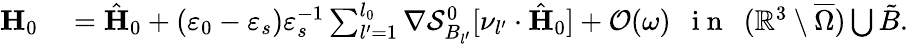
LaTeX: \begin{array}{rl}{\mathbf{H}_{0}}&{{}=\hat{\mathbf{H}}_{0}+(\varepsilon_{0}-\varepsilon_{s})\varepsilon_{s}^{-1}\sum_{l^{\prime}=1}^{l_{0}}\nabla\mathcal{S}_{B_{l^{\prime}}}^{0}[\nu_{l^{\prime}}\cdot\hat{\mathbf{H}}_{0}]+\mathcal{O}(\omega)\ \ \mathrm{~i~n~}\ \ (\mathbb{R}^{3}\setminus\overline{\Omega})\bigcup\tilde{B}.}\end{array}